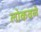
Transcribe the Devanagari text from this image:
लोकवळे